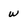
Character: w